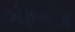
એફએસ